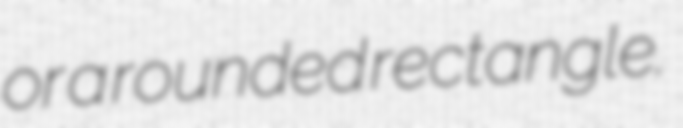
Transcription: or a rounded rectangle.